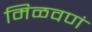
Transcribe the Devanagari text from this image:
मिळवणं